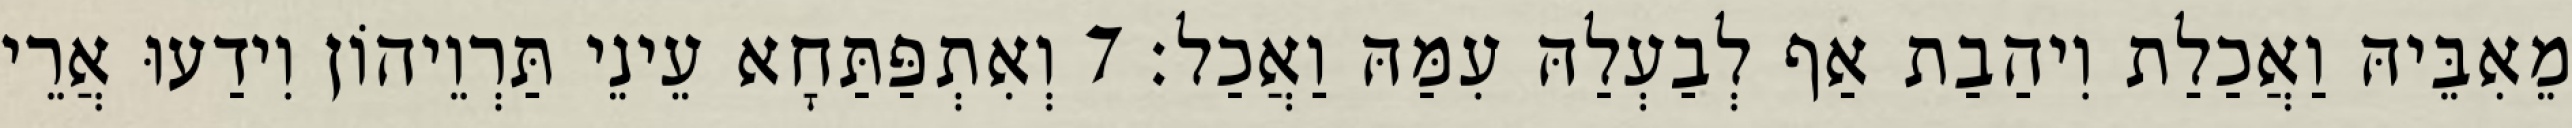
מֵאִבֵּיהּ וַאֲכַלַת וִיהַבַת אַף לְבַעְלַהּ עִמַּהּ וַאֲכַל׃ 7 וְאִתְפַּתַּחָא עֵינֵי תַּרְוֵיהוֹן וִידַעוּ אֲרֵי